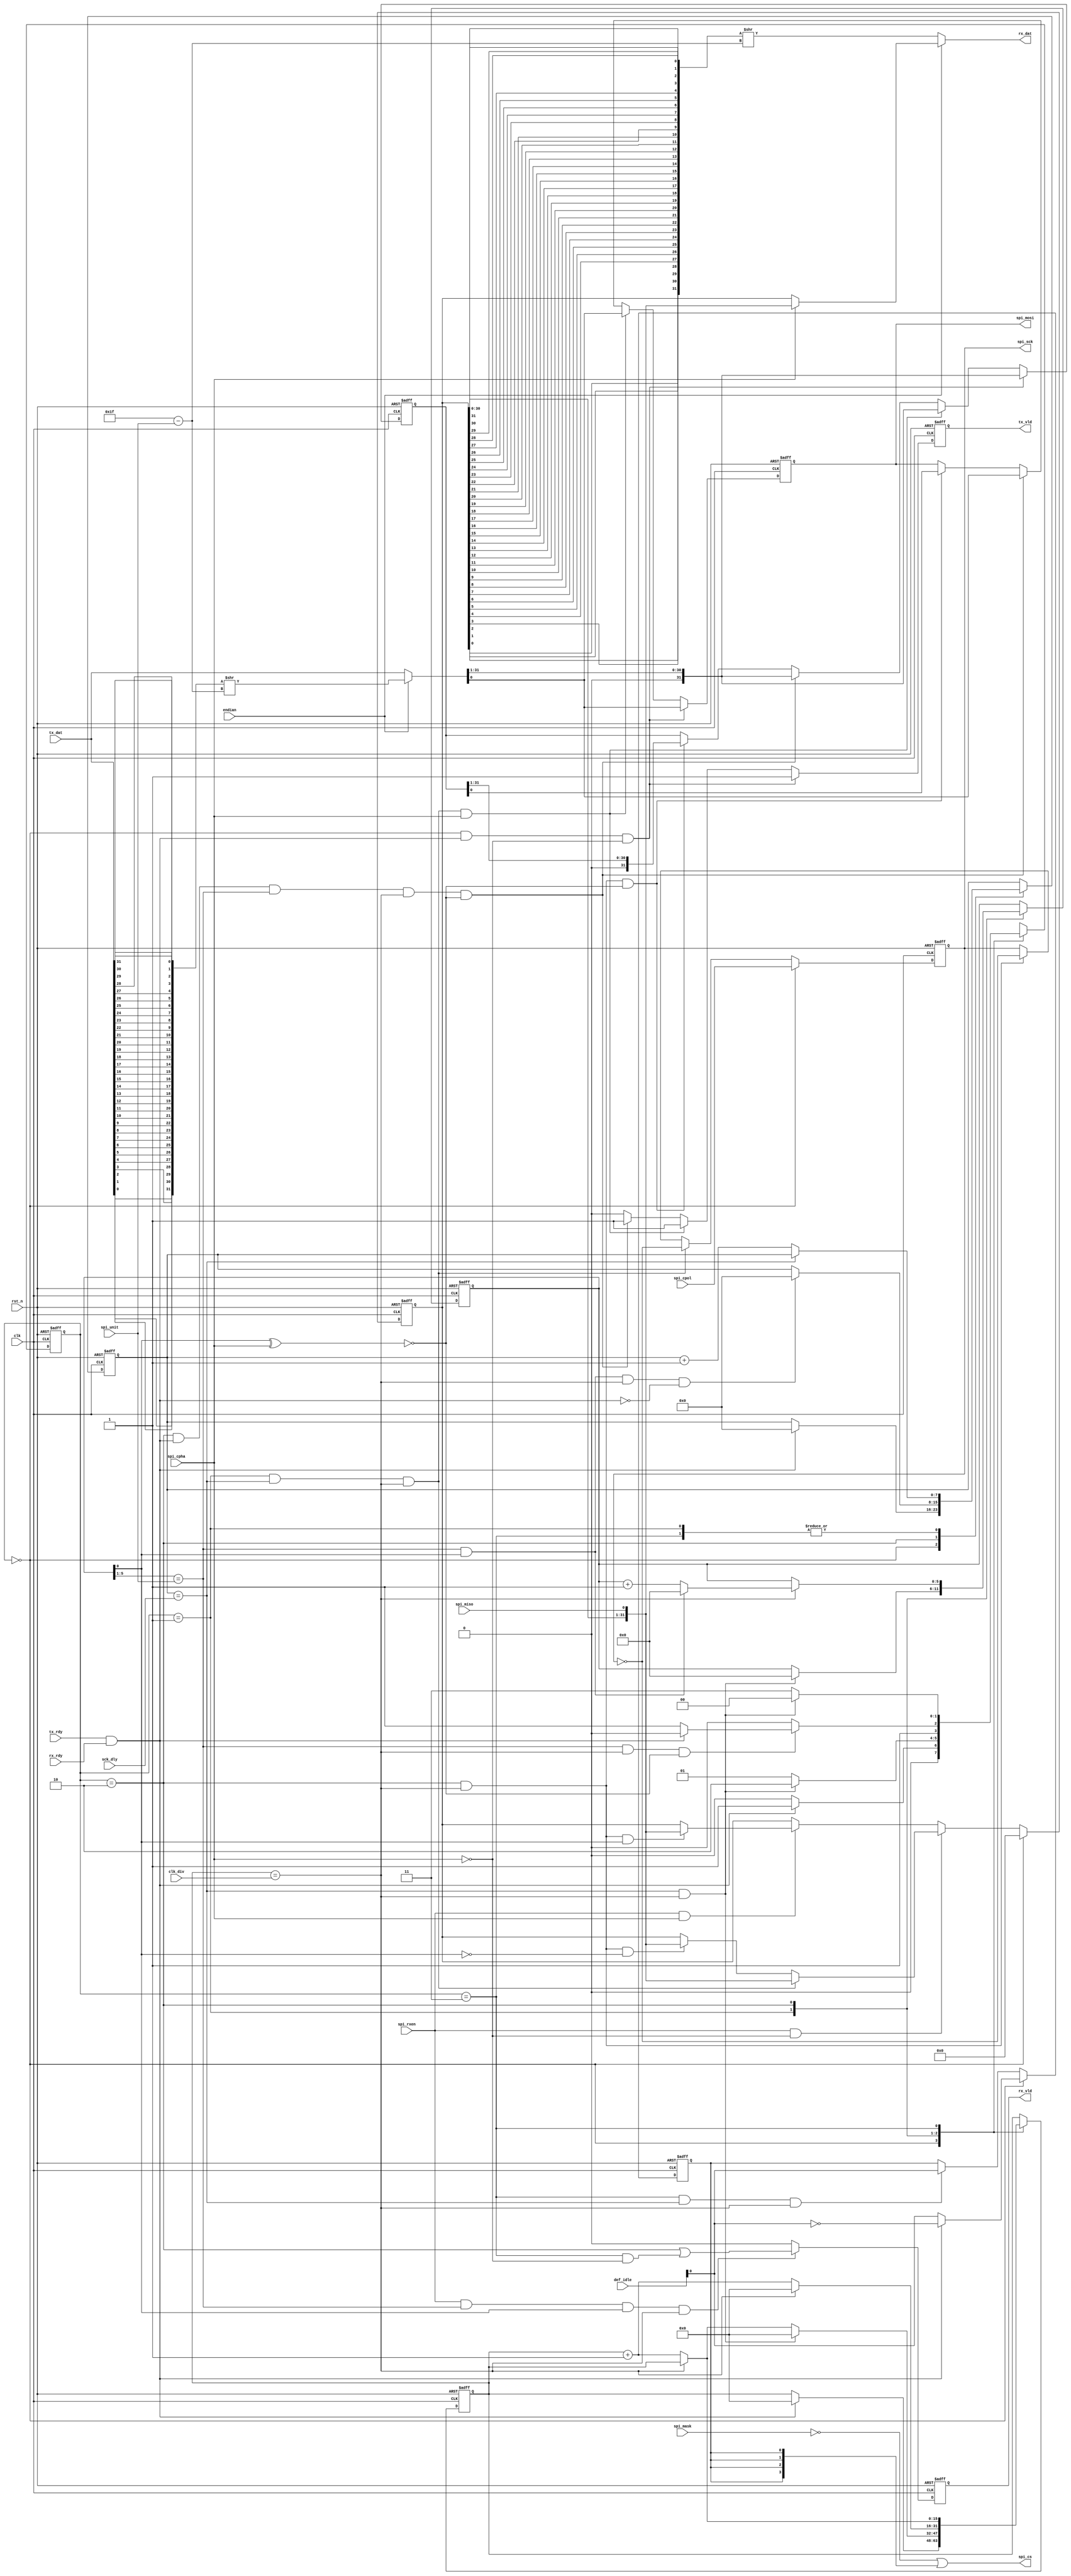
//************************************************************
// See LICENSE for license details.
//
// Module: uv_spi_rtx
//
// Designer: Owen
//
// Description:
//      RX & TX with serial SPI ports.
//************************************************************

`timescale 1ns / 1ps

module uv_spi_rtx
#(
    parameter CS_NUM = 4
)
(
    input                           clk,
    input                           rst_n,

    // Serial ports.
    output [CS_NUM-1:0]             spi_cs,
    output                          spi_sck,
    output                          spi_mosi,
    input                           spi_miso,

    // Config.
    input  [CS_NUM-1:0]             def_idle,
    input  [CS_NUM-1:0]             spi_mask,
    input                           spi_cpol,
    input                           spi_cpha,
    input                           spi_rxen,
    input  [4:0]                    spi_unit,
    input  [7:0]                    sck_dly,
    input  [15:0]                   clk_div,
    input                           endian,

    // TX data from TXQ.
    input                           tx_rdy,
    output                          tx_vld,
    input  [31:0]                   tx_dat,

    // RX data to RXQ.
    input                           rx_rdy,
    output                          rx_vld,
    output [31:0]                   rx_dat
);

    localparam UDLY                 = 1;
    localparam FSM_SPI_IDLE         = 2'h0;
    localparam FSM_SPI_WARM         = 2'h1;
    localparam FSM_SPI_TRAN         = 2'h2;
    localparam FSM_SPI_COOL         = 2'h3;

    genvar i;

    reg  [1:0]                      cur_state;
    reg  [1:0]                      nxt_state;

    reg                             spi_cs_r;
    reg                             spi_sck_r;
    reg                             spi_mosi_r;

    reg                             tx_vld_r;
    reg                             rx_vld_r;
    reg  [31:0]                     tx_dat_tran_r;
    reg  [31:0]                     rx_dat_recv_r;

    reg  [5:0]                      sck_cnt_r;
    reg  [7:0]                      dly_cnt_r;
    reg  [15:0]                     div_cnt_r;

    wire                            state_idle;
    wire                            state_warm;
    wire                            state_tran;
    wire                            state_cool;

    wire                            tran_rdy;
    wire                            tran_cont;

    wire [5:0]                      sck_cnt_add;
    wire [7:0]                      dly_cnt_add;
    wire [15:0]                     div_cnt_add;

    wire                            sck_cnt_end;
    wire                            dly_cnt_end;
    wire                            div_cnt_end;

    wire [4:0]                      tx_dat_sft_bits;
    wire [4:0]                      rx_dat_sft_bits;

    wire [31:0]                     tx_dat_rev;
    wire [31:0]                     tx_dat_rev_sft;
    wire [31:0]                     tx_dat_tran;

    wire [31:0]                     rx_dat_rev;
    wire [31:0]                     rx_dat_rev_sft;
    wire [31:0]                     rx_dat_recv;

    assign state_idle               = cur_state == FSM_SPI_IDLE;
    assign state_warm               = cur_state == FSM_SPI_WARM;
    assign state_tran               = cur_state == FSM_SPI_TRAN;
    assign state_cool               = cur_state == FSM_SPI_COOL;

    assign tran_rdy                 = tx_rdy & rx_rdy;
    assign tran_cont                = state_tran & tran_rdy & sck_cnt_end;

    // Counter status.
    assign sck_cnt_add              = sck_cnt_r + 1'b1;
    assign dly_cnt_add              = dly_cnt_r + 1'b1;
    assign div_cnt_add              = div_cnt_r + 1'b1;

    //assign sck_cnt_end              = sck_cnt_r == {spi_unit, 1'b0};
    assign sck_cnt_end              = sck_cnt_r[5:1] == spi_unit;
    assign dly_cnt_end              = dly_cnt_r == sck_dly;
    assign div_cnt_end              = div_cnt_r == clk_div;

    // Handle TX endian.
    generate
        for (i = 0; i < 32; i = i + 1) begin: gen_dat_bit_rev
            assign tx_dat_rev[i]    = tx_dat[31-i];
            assign rx_dat_rev[i]    = rx_dat_recv_r[31-i];
        end
    endgenerate

    assign tx_dat_sft_bits          = 5'd31 - spi_unit;
    assign rx_dat_sft_bits          = tx_dat_sft_bits;

    assign tx_dat_rev_sft           = tx_dat_rev >> tx_dat_sft_bits;
    assign tx_dat_tran              = endian ? tx_dat_rev_sft : tx_dat;

    assign rx_dat_recv              = spi_cpha ? {rx_dat_recv_r[30:0], spi_miso} : rx_dat_recv_r;
    assign rx_dat_rev_sft           = rx_dat_rev >> rx_dat_sft_bits;

    // Output serial signals.
    assign spi_cs                   = {~spi_mask} | {CS_NUM{spi_cs_r}};
    assign spi_sck                  = spi_sck_r;
    assign spi_mosi                 = spi_mosi_r;

    // Output to queues.
    assign tx_vld                   = tx_vld_r;
    assign rx_vld                   = rx_vld_r;
    assign rx_dat                   = endian ? rx_dat_recv : rx_dat_rev_sft;

    // FSM.
    always @(posedge clk or negedge rst_n) begin
        if (~rst_n) begin
            cur_state <= FSM_SPI_IDLE;
        end
        else begin
            cur_state <= #UDLY nxt_state;
        end
    end

    always @(*) begin
        case (cur_state)
            FSM_SPI_IDLE: begin
                if (tran_rdy) begin
                    nxt_state = FSM_SPI_WARM;
                end
                else begin
                    nxt_state = FSM_SPI_IDLE;
                end
            end
            FSM_SPI_WARM: begin
                if (dly_cnt_end & div_cnt_end) begin
                    nxt_state = FSM_SPI_TRAN;
                end
                else begin
                    nxt_state = FSM_SPI_WARM;
                end
            end
            FSM_SPI_TRAN: begin
                if (sck_cnt_end & div_cnt_end & ~(sck_cnt_r[0] ^ spi_cpha)) begin
                    nxt_state = tran_rdy ? FSM_SPI_TRAN : FSM_SPI_COOL;
                end
                else begin
                    nxt_state = FSM_SPI_TRAN;
                end
            end
            FSM_SPI_COOL: begin
                if (dly_cnt_end & div_cnt_end) begin
                    nxt_state = FSM_SPI_IDLE;
                end
                else begin
                    nxt_state = FSM_SPI_COOL;
                end
            end
            default: begin
                nxt_state = FSM_SPI_IDLE;
            end
        endcase
    end

    // Update SCK delay counter.
    always @(posedge clk or negedge rst_n) begin
        if (~rst_n) begin
            dly_cnt_r <= 8'd0;
        end
        else begin
            case (cur_state)
                FSM_SPI_IDLE: begin
                    if (tran_rdy) begin
                        dly_cnt_r <= #UDLY 8'd0;
                    end
                end
                FSM_SPI_WARM: begin
                    if (~dly_cnt_end) begin
                        dly_cnt_r <= #UDLY dly_cnt_add;
                    end
                end
                FSM_SPI_TRAN: begin
                    if (sck_cnt_end & sck_cnt_r[0] & div_cnt_end & (~tran_rdy)) begin
                        dly_cnt_r <= #UDLY 8'd0;
                    end
                end
                FSM_SPI_COOL: begin
                    if (~dly_cnt_end) begin
                        dly_cnt_r <= #UDLY dly_cnt_add;
                    end
                end
            endcase
        end
    end

    // Update clock divider counter.
    always @(posedge clk or negedge rst_n) begin
        if (~rst_n) begin
            div_cnt_r <= 16'd0;
        end
        else begin
            case (cur_state)
                FSM_SPI_IDLE: begin
                    if (tran_rdy) begin
                        div_cnt_r <= #UDLY 16'd0;
                    end
                end
                FSM_SPI_WARM: begin
                    if (dly_cnt_end & div_cnt_end) begin
                        div_cnt_r <= #UDLY 16'd0;
                    end
                    else if (~div_cnt_end) begin
                        div_cnt_r <= #UDLY div_cnt_add;
                    end
                end
                FSM_SPI_TRAN: begin
                    if (div_cnt_end) begin
                        div_cnt_r <= #UDLY 16'd0;
                    end
                    else begin
                        div_cnt_r <= #UDLY div_cnt_add;
                    end
                end
                FSM_SPI_COOL: begin
                    if (~div_cnt_end) begin
                        div_cnt_r <= #UDLY div_cnt_add;
                    end
                end
            endcase
        end
    end

    // Update SCK edge counter.
    always @(posedge clk or negedge rst_n) begin
        if (~rst_n) begin
            sck_cnt_r <= 6'd0;
        end
        else begin
            case (cur_state)
                FSM_SPI_WARM: begin
                    if (dly_cnt_end & div_cnt_end) begin
                        sck_cnt_r <= #UDLY 6'd0;
                    end
                end
                FSM_SPI_TRAN: begin
                    if (div_cnt_end) begin
                        sck_cnt_r <= #UDLY sck_cnt_end & sck_cnt_r[0] ? 6'd0 : sck_cnt_add;
                    end
                end
            endcase
        end
    end

    // Update CS.
    always @(posedge clk or negedge rst_n) begin
        if (~rst_n) begin
            spi_cs_r <= 1'b1;
        end
        else begin
            if (state_idle) begin
                spi_cs_r <= #UDLY tran_rdy ? ~def_idle : def_idle;
            end
            else if (state_cool & dly_cnt_end & div_cnt_end) begin
                spi_cs_r <= #UDLY def_idle;
            end
        end
    end

    // Update SCK.
    always @(posedge clk or negedge rst_n) begin
        if (~rst_n) begin
            spi_sck_r <= 1'b0;
        end
        else begin
            if (state_idle) begin
                spi_sck_r <= #UDLY spi_cpol;
            end
            else if (state_warm & dly_cnt_end & div_cnt_end) begin
                spi_sck_r <= #UDLY ~spi_sck_r;
            end
            else if (state_tran & div_cnt_end) begin
                spi_sck_r <= #UDLY ~spi_sck_r;
            end
        end
    end

    // Trans data.
    always @(posedge clk or negedge rst_n) begin
        if (~rst_n) begin
            spi_mosi_r <= 1'b0;
        end
        else begin
            if (state_idle & tran_rdy & (~spi_cpha)) begin
                spi_mosi_r <= #UDLY tx_dat_tran[0];
            end
            else if (state_warm & dly_cnt_end & div_cnt_end & spi_cpha) begin
                spi_mosi_r <= #UDLY tx_dat_tran[0];
            end
            else if (tran_cont  & div_cnt_end & ~(sck_cnt_r[0] ^ spi_cpha)) begin
                spi_mosi_r <= #UDLY tx_dat_tran[0];
            end
            else if (state_tran & div_cnt_end & ~(sck_cnt_r[0] ^ spi_cpha)) begin
                spi_mosi_r <= #UDLY tx_dat_tran_r[0];
            end
        end
    end

    always @(posedge clk or negedge rst_n) begin
        if (~rst_n) begin
            tx_dat_tran_r <= 32'b0;
        end
        else begin
            if (state_idle & tran_rdy & (~spi_cpha)) begin
                tx_dat_tran_r <= #UDLY {1'b0, tx_dat_tran[31:1]};
            end
            else if (state_warm & dly_cnt_end & div_cnt_end & spi_cpha) begin
                tx_dat_tran_r <= #UDLY {1'b0, tx_dat_tran[31:1]};
            end
            else if (tran_cont  & div_cnt_end & ~(sck_cnt_r[0] ^ spi_cpha)) begin
                tx_dat_tran_r <= #UDLY {1'b0, tx_dat_tran[31:1]};
            end
            else if (state_tran & div_cnt_end & ~(sck_cnt_r[0] ^ spi_cpha)) begin
                tx_dat_tran_r <= #UDLY {1'b0, tx_dat_tran_r[31:1]};
            end
        end
    end

    always @(posedge clk or negedge rst_n) begin
        if (~rst_n) begin
            tx_vld_r <= 1'b0;
        end
        else begin
            if (state_idle & tran_rdy & (~spi_cpha)) begin
                tx_vld_r <= #UDLY 1'b1;
            end
            else if (state_warm & dly_cnt_end & div_cnt_end & spi_cpha) begin
                tx_vld_r <= #UDLY 1'b1;
            end
            else if (tran_cont  & div_cnt_end & ~(sck_cnt_r[0] ^ spi_cpha)) begin
                tx_vld_r <= #UDLY 1'b1;
            end
            else begin
                tx_vld_r <= #UDLY 1'b0;
            end
        end
    end

    // Recv data.
    always @(posedge clk or negedge rst_n) begin
        if (~rst_n) begin
            rx_dat_recv_r <= 32'b0;
        end
        else begin
            if (state_idle) begin
                rx_dat_recv_r <= #UDLY 32'b0;
            end
            else if (spi_rxen & (~spi_cpha)) begin
                if (state_warm & dly_cnt_end & div_cnt_end) begin
                    rx_dat_recv_r <= #UDLY {rx_dat_recv_r[30:0], spi_miso};
                end
                else if (state_tran & div_cnt_end & (~sck_cnt_r[0])) begin
                    rx_dat_recv_r <= #UDLY {rx_dat_recv_r[30:0], spi_miso};
                end
            end
            else if (spi_rxen & spi_cpha) begin
                if (state_tran & div_cnt_end & sck_cnt_r[0]) begin
                    rx_dat_recv_r <= #UDLY {rx_dat_recv_r[30:0], spi_miso};
                end
            end
        end
    end

    always @(posedge clk or negedge rst_n) begin
        if (~rst_n) begin
            rx_vld_r <= 1'b0;
        end
        else begin
            if (spi_rxen & sck_cnt_end & sck_cnt_r[0] & div_cnt_end) begin
                rx_vld_r <= #UDLY state_tran | (state_cool & (~spi_cpha));
            end
            else begin
                rx_vld_r <= #UDLY 1'b0;
            end
        end
    end

endmodule